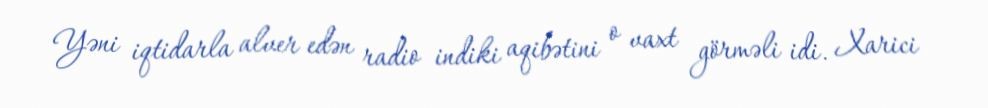
Yəni iqtidarla alver edən radio indiki aqibətini o vaxt görməli idi. Xarici